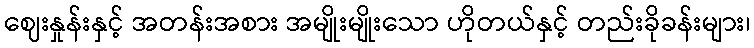
ဈေးနှုန်းနှင့် အတန်းအစား အမျိုးမျိုးသော ဟိုတယ်နှင့် တည်းခိုခန်းများ၊